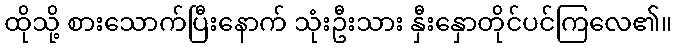
ထိုသို့ စားသောက်ပြီးနောက် သုံးဦးသား နှီးနှောတိုင်ပင်ကြလေ၏။